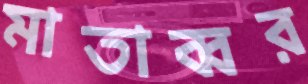
মাতাব্বর